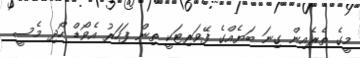
މީގެ ތެރެއިން ގިނަ ބަޔެއްގެ ފޭވަރިޓަކީ ތިން ފަހަރު އެވޯޑް ހޯދި މެސީ